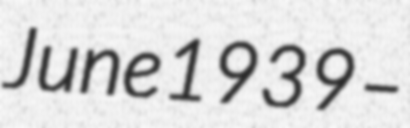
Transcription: June 1939 –